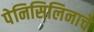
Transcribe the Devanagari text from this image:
पेनिसिलिनाचे